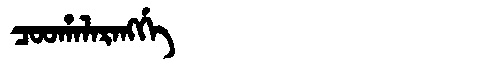
Manchu: ᠴᠣᠣᡥᠠᠯᠠᡵᠠᠩᡤᡝ
Romanization: COOHALARANGGE